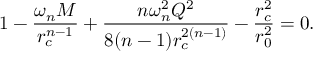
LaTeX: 1 - \frac { \omega _ { n } M } { r _ { c } ^ { n - 1 } } + \frac { n \omega _ { n } ^ { 2 } Q ^ { 2 } } { 8 ( n - 1 ) r _ { c } ^ { 2 ( n - 1 ) } } - \frac { r _ { c } ^ { 2 } } { r _ { 0 } ^ { 2 } } = 0 .